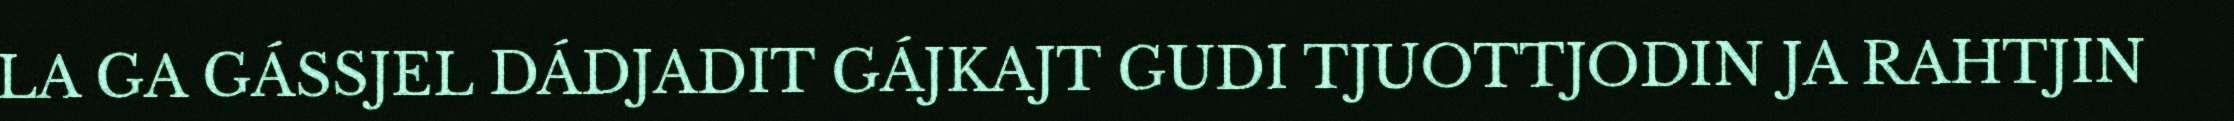
LA GA GÁSSJEL DÁDJADIT GÁJKAJT GUDI TJUOTTJODIN JA RAHTJIN